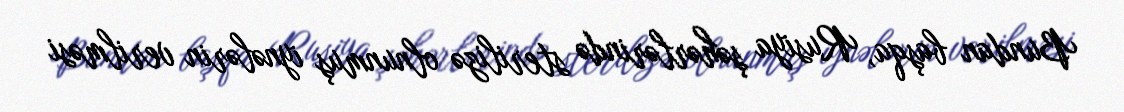
Bundan başqa, Rusiya şəhərlərində sterilizə olnunmuş iynələrin verilməsi